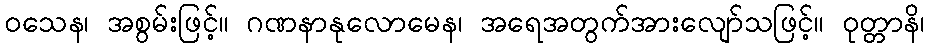
ဝသေန၊ အစွမ်းဖြင့်။ ဂဏနာနုလောမေန၊ အရေအတွက်အားလျော်သဖြင့်။ ဝုတ္တာနိ၊